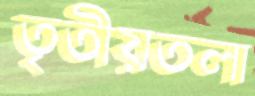
তৃতীয়তলা